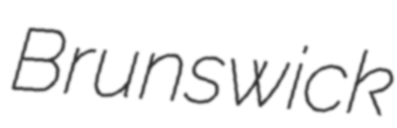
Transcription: Brunswick